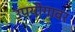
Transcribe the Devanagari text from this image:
उपयोगावर